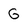
Character: G